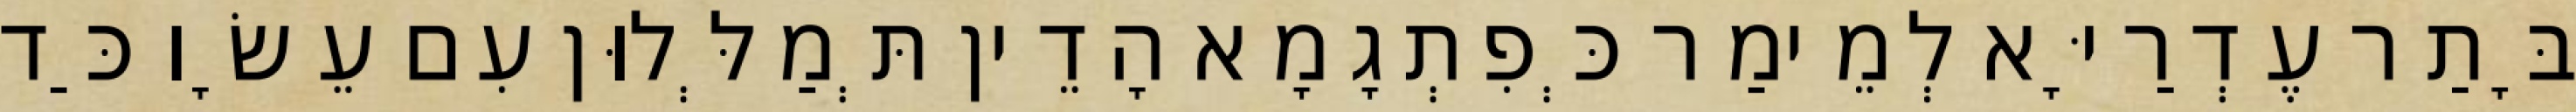
בָּתַר עֶדְרַיָּא לְמֵימַר כְּפִתְגָמָא הָדֵין תְּמַלְּלוּן עִם עֵשָׂו כַּד